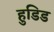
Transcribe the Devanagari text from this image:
हुडिड